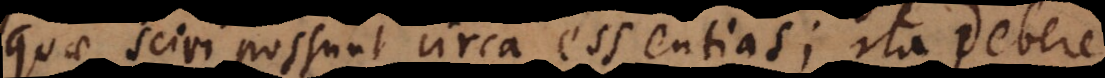
quae sciri possunt circa essentias; ita debere